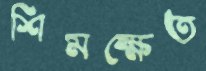
শিমক্ষেত